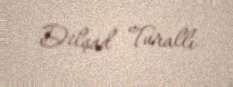
Dilşad Turallı